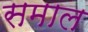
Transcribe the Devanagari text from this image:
समाल